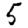
Digit: 5